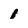
Character: 1